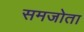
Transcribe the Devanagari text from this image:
समजोता